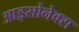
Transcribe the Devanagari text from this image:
आइसोनेक्स